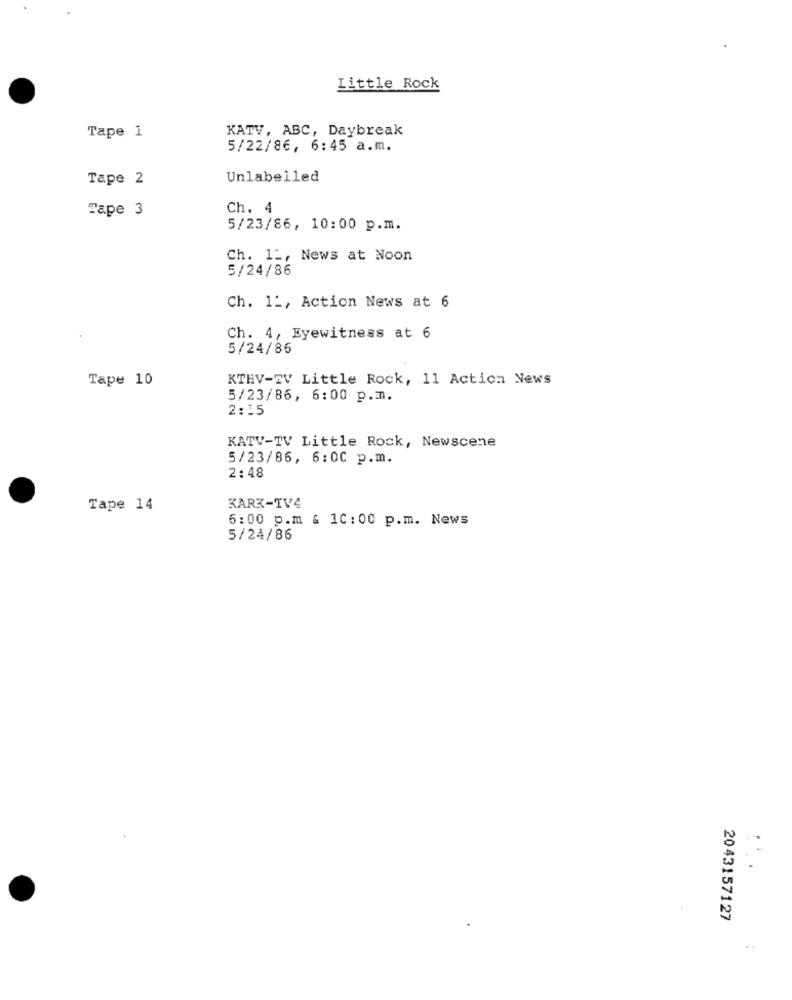
Little Rock
Tape 1
KATV, ABC, Daybreak
5/22/86, 6:45 a.m.
Tape 2
Unlabelled
Tape 3
Ch. 4
5/23/86, 10:00 p.m.
Ch. 1 _, News at Noon
5/24/86
Ch. 1 :, Action News at 6
Ch. 4, Eyewitness at 6
5/24/86
Tape 10
KTHV-TV Little Rock, 11 Action News
5/23/86, 6:00 p.m.
2:15
KATV-TV Little Rock, Newscene
5/23/86, 6:00 p.m.
2:48
Tape 14
KARK-TV4
6:00 p.m & 10:00 p.m. News
5/24/86
2043157127